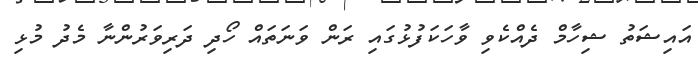
އައިޝަތު ޝިހާމް ދެއްކެވި ވާހަކަފުޅުގައި ރަން ވަނަތައް ހޯދި ދަރިވަރުންނާ މެދު މުޅި